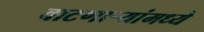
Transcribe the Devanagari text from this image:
वाटणाऱ्यांमध्ये